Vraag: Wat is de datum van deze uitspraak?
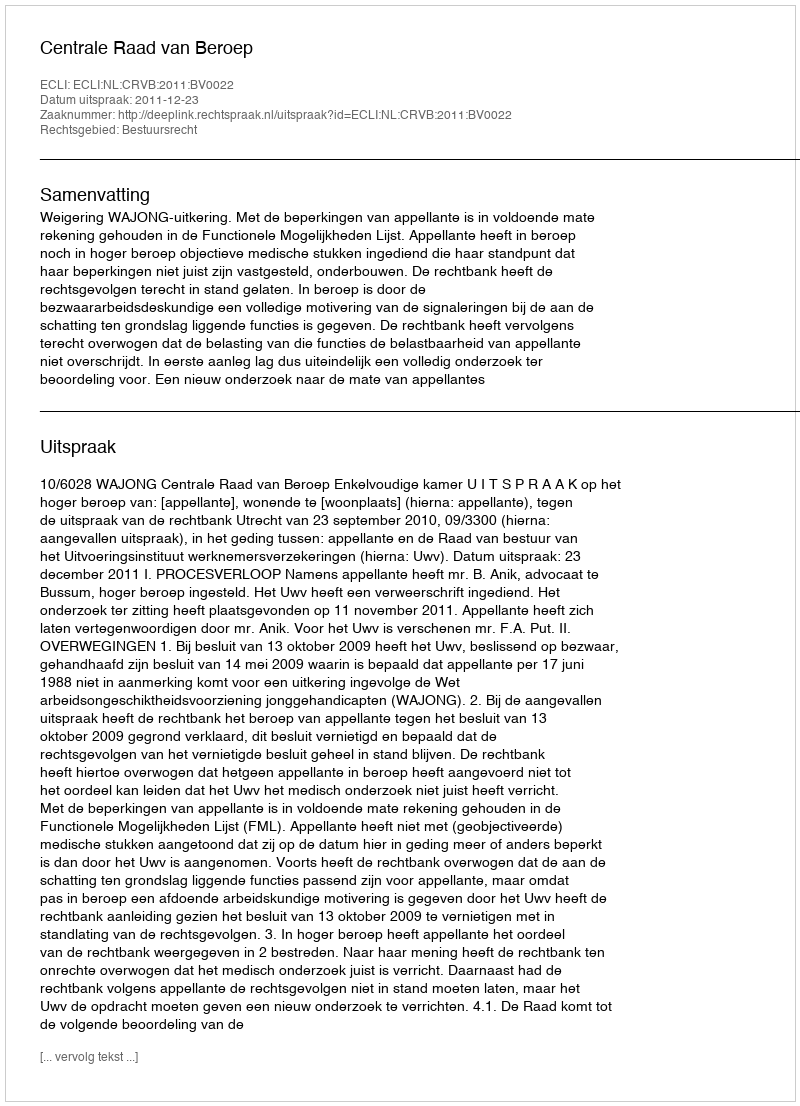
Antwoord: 2011-12-23